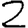
Digit: 2